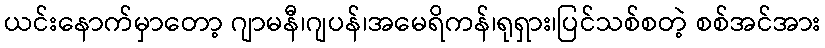
ယင်းနောက်မှာတော့ ဂျာမနီ၊ဂျပန်၊အမေရိကန်၊ရုရှား၊ပြင်သစ်စတဲ့ စစ်အင်အား